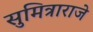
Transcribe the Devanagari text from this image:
सुमित्राराजे